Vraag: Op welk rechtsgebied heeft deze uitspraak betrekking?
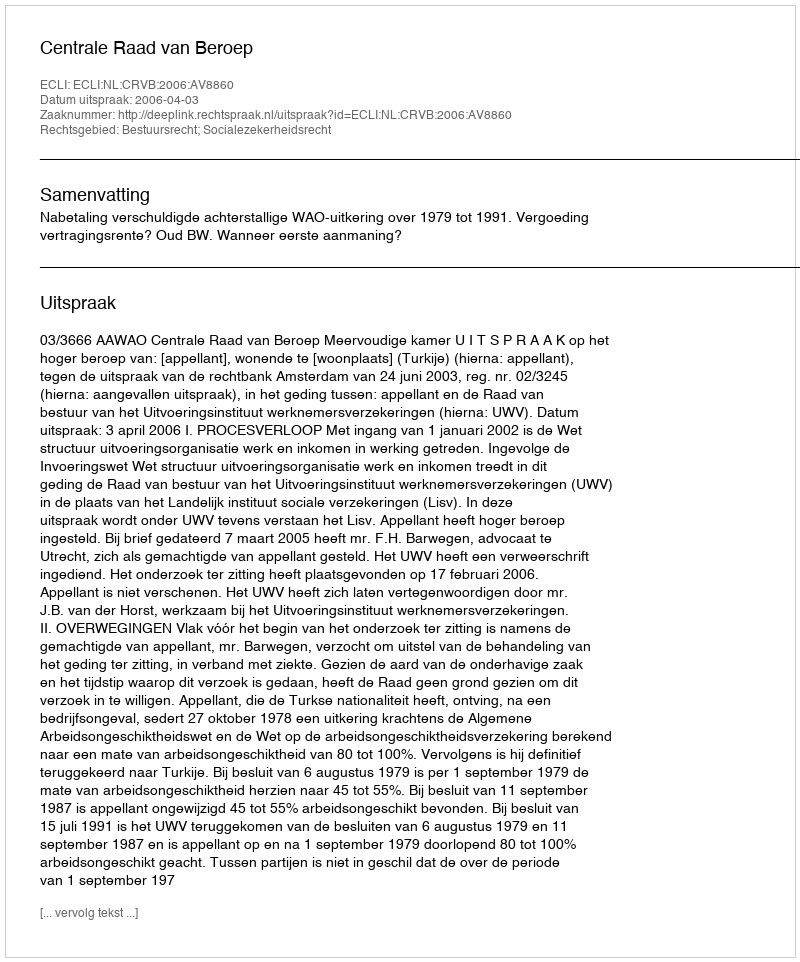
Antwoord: Bestuursrecht; Socialezekerheidsrecht